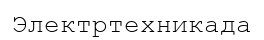
Электртехникада